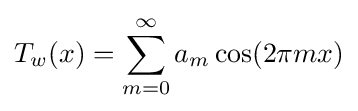
T_{w}(x)=\sum _{m=0}^{\infty }a_{m}\cos(2\pi mx)